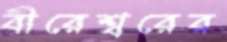
বীরেশ্বরের